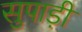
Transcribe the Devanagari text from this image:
सुपाड़ी